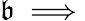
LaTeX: \mathfrak{b}\implies